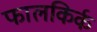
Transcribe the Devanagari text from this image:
फालकिर्क